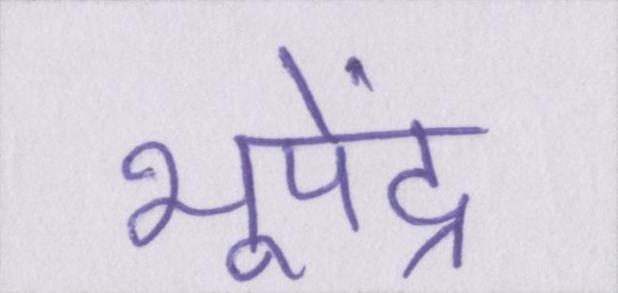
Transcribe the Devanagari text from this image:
भूपेंद्र